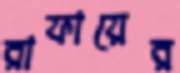
রাফায়ের